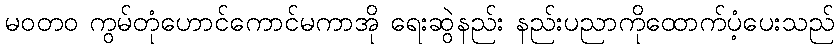
မဝတ၀ ကွမ်တုံဟောင်ကောင်မကာအို ရေးဆွဲနည်း နည်းပညာကိုထောက်ပံ့ပေးသည်